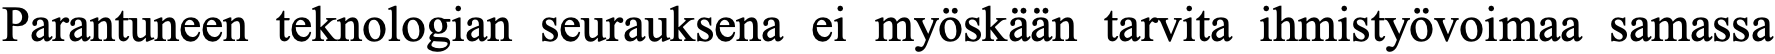
Parantuneen teknologian seurauksena ei myöskään tarvita ihmistyövoimaa samassa